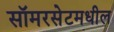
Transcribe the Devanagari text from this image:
सॉमरसेटमधील